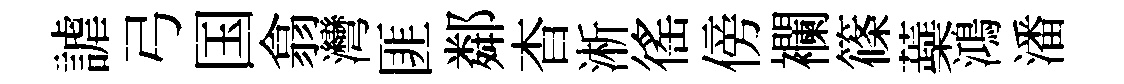
謔弓国翕灣匪鄰杳淅徭傍襴篠蘃鴻潘